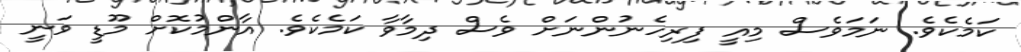
ކަމެކެވެ. ނަމަވެސް މިއީ ފިރިހެނުންނަށް ވެސް ދިމާވާ ކަމެކެވެ. އާންމުކޮށް މޫޑީ ވަނީ